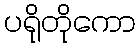
ပရိုတိုကော